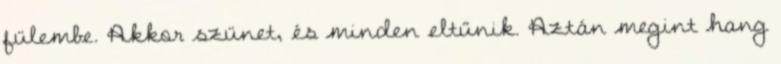
fülembe. Akkor szünet, és minden eltűnik. Aztán megint hang